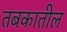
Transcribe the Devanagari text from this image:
तबकातील